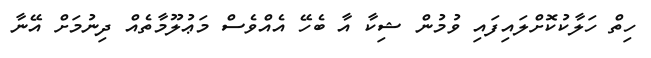
ހިތް ހަލާކުކޮށްލައިފައި ވުމުން ޝިކާ އާ ބެހޭ އެއްވެސް މަޢުލޫމާތެއް ދިނުމަށް އޭނާ